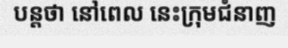
បន្តថា នៅពេល នេះក្រុមជំនាញ